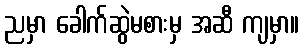
ညမှာ ခေါက်ဆွဲမစားမှ အဆီ ကျမှာ။